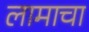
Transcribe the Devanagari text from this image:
लामाचा